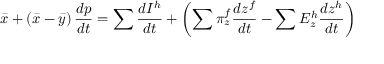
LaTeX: { \bar { x } } + \left( { \bar { x } } - { \bar { y } } \right) { \frac { d p } { d t } } = \sum { \frac { d I ^ { h } } { d t } } + \left( \sum \pi _ { z } ^ { f } { \frac { d z ^ { f } } { d t } } - \sum E _ { z } ^ { h } { \frac { d z ^ { h } } { d t } } \right)